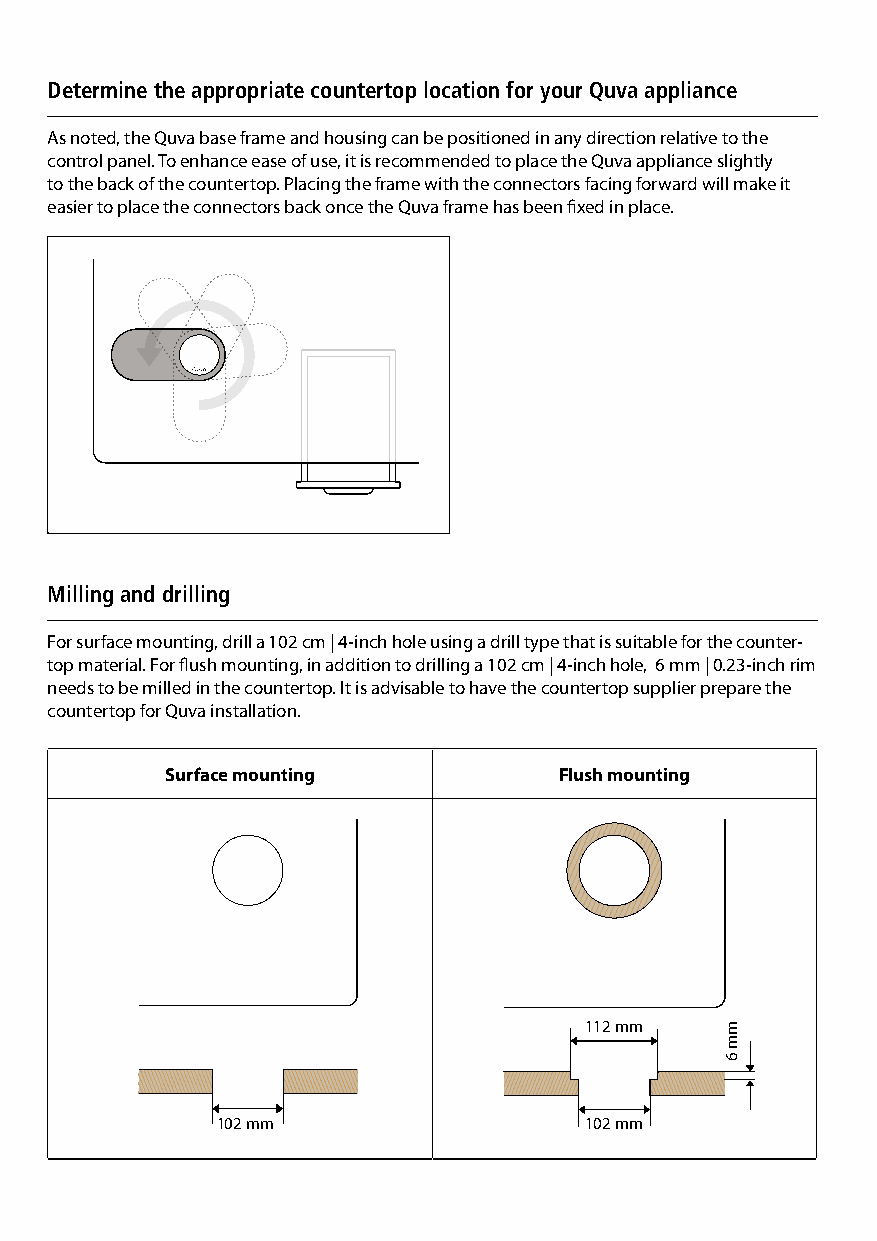
Determine the appropriate countertop location for your Quva appliance
 As noted, the Quva base frame and housing can be positioned in any direction relative to the
 control panel. To enhance ease of use, it is recommended to place the Quva appliance slightly
 to the back of the countertop. Placing the frame with the connectors facing forward will make it
 easier to place the connectors back once the Quva frame has been fixed in place.
 Milling and drilling
 For surface mounting, drill a 102 cm | 4-inch hole using a drill type that is suitable for the counter-
 top material. For flush mounting, in addition to drilling a 102 cm | 4-inch hole, 6 mm | 0.23-inch rim
 needs to be milled in the countertop. It is advisable to have the countertop supplier prepare the
 countertop for Quva installation.
 Surface mounting          Flush mounting
 112 mm
 102 mm                   102 mm
 mm
 6